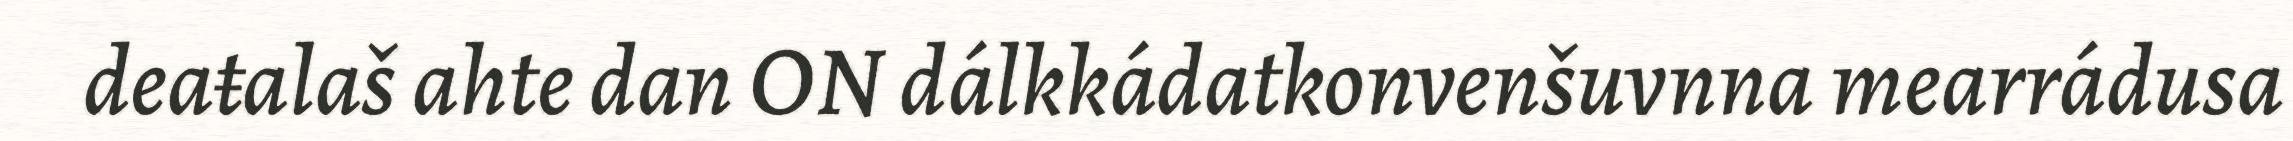
deaŧalaš ahte dan ON dálkkádatkonvenšuvnna mearrádusa